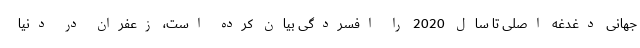
جهانی دغدغه اصلی تا سال 2020 را افسردگی بیان کرده است، زعفران در دنیا